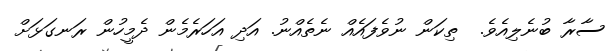
ސާރާ ބުނެލިއެވެ.  ތިކަން ނުވެފައެއް ނެތެއްނު. އަދި އަހަރެމެން ދެމީހުން ރަނގަޅަށް